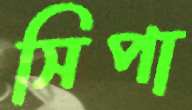
সিপা